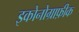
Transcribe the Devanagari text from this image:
इकोनोग्राफ़ीक